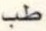
طب